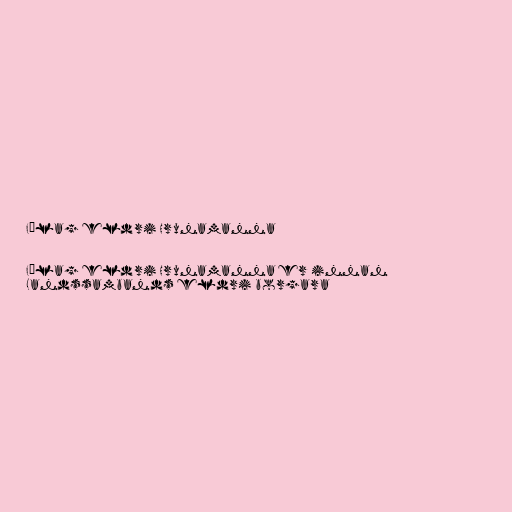
Félag eldri Hrunamanna

Félag eldri Hrunamanna er innan
Landssambands eldri borgara